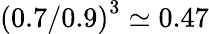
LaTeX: \left(0.7/0.9\right)^{3}\simeq 0.47